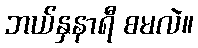
ဘယ်နှနာရီ စမလဲ။